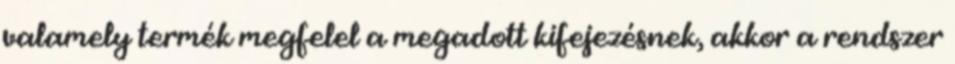
valamely termék megfelel a megadott kifejezésnek, akkor a rendszer